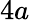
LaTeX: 4a